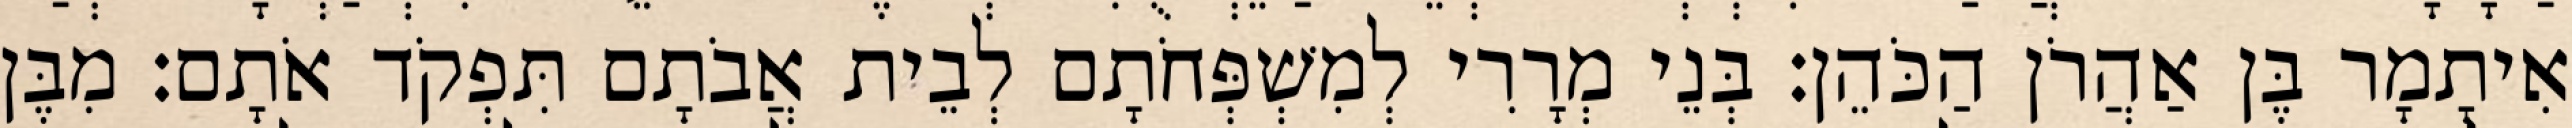
אִיתָמָר בֶּן אַהֲרֹן הַכֹּהֵן׃ בְּנֵי מְרָרִי לְמִשְׁפְּחֹתָם לְבֵית אֲבֹתָם תִּפְקֹד אֹתָם׃ מִבֶּן